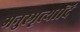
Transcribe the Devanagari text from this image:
मनुस्मृत्यादि